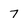
Character: 7